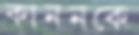
কাননকে